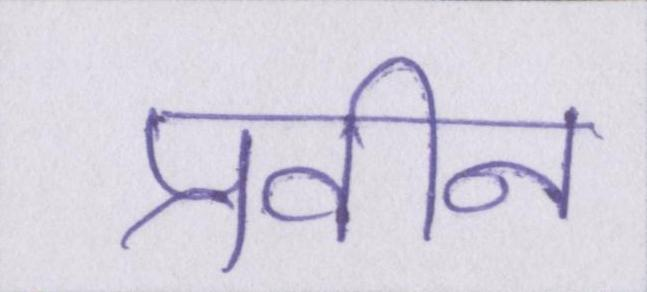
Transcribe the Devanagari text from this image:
प्रवीन